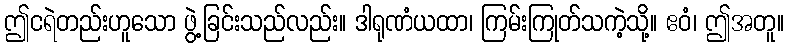
ဤငရဲတည်းဟူသော ဖွဲ့ခြင်းသည်လည်း။ ဒါရုဏံယထာ၊ ကြမ်းကြုတ်သကဲ့သို့။ ဧဝံ၊ ဤအတူ။